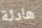
هادئة